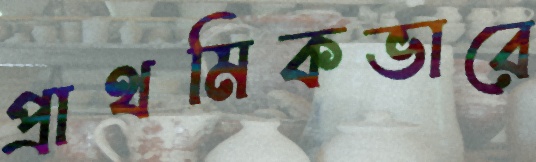
প্রাথমিকভারে